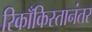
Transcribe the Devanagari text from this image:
रिकाँकिस्तानंतर